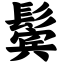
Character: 鬓